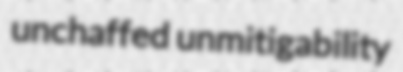
unchaffed unmitigability